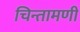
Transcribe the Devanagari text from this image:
चिन्तामणी